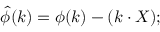
\hat { \phi } ( k ) = \phi ( k ) - ( k \cdot X ) ;